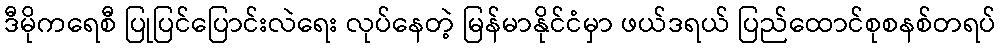
ဒီမိုကရေစီ ပြုပြင်ပြောင်းလဲရေး လုပ်နေတဲ့ မြန်မာနိုင်ငံမှာ ဖယ်ဒရယ် ပြည်ထောင်စုစနစ်တရပ်